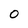
Character: O